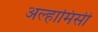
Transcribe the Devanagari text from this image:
अल्हामिसी